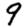
Digit: 9